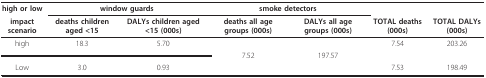
| high or low | <COLSPAN=2> window guards | <COLSPAN=2> smoke detectors |  |  |
 | impact scenario | deaths children aged <15 | DALYs children aged <15 (000s) | deaths all age groups (000s) | DALYs all age groups (000s) | TOTAL deaths (000s) | TOTAL DALYs (000s) |
 | --- | --- | --- | --- | --- | --- | --- |
 | high | 18.3 | 5.70 |  |  | 7.54 | 203.26 |
 | <COLSPAN=3>  | 7.52 | 197.57 | <COLSPAN=2>  |
 | Low | 3.0 | 0.93 |  |  | 7.53 | 198.49 |